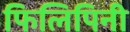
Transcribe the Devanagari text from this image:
फिलिपिनी